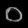
Digit: ၀